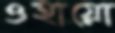
ওহায়ো